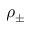
\rho _ { \pm }